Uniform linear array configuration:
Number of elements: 24
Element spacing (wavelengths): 0.75
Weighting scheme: hann
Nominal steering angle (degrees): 45
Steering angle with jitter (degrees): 43.121
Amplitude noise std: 0.05
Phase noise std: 0.05

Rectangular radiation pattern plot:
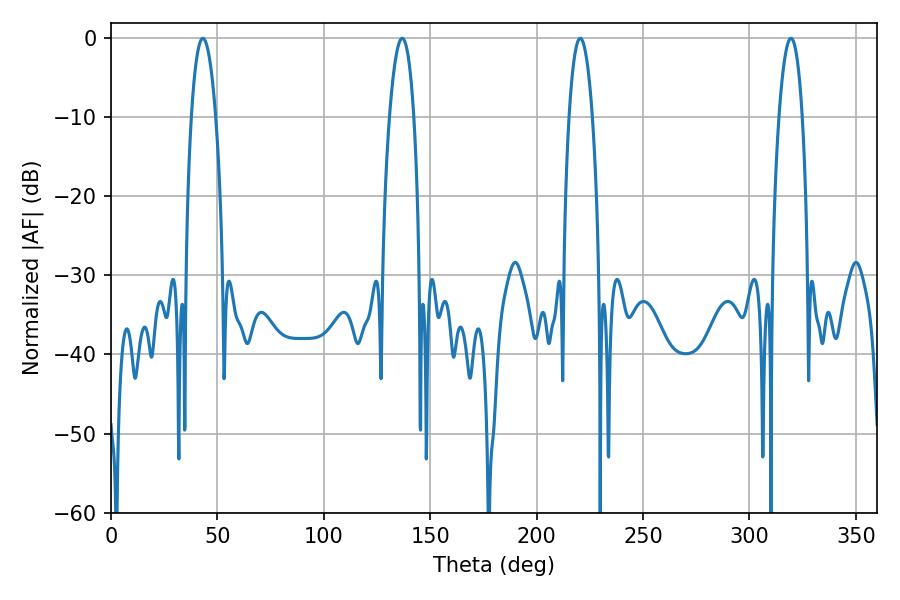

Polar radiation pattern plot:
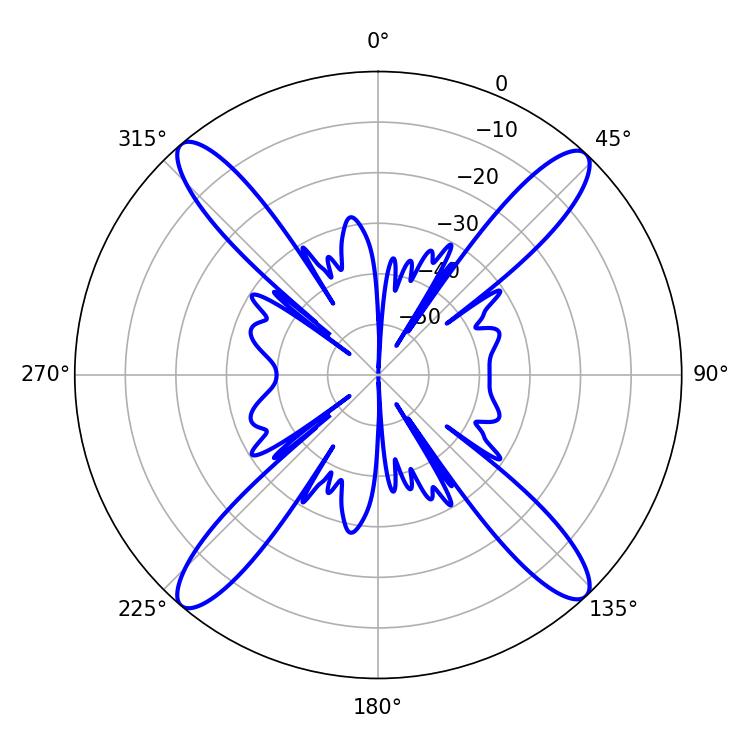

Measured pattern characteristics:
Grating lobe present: TRUE
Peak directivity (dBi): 21.301
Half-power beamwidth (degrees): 6.12
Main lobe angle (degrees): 319.5